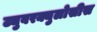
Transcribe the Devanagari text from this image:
ट्युबरक्युलोसीस